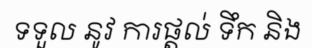
ទទួល នូវ ការផ្តល់ ទឹក និង